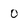
Character: 0